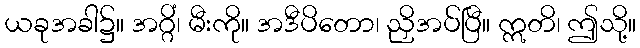
ယခုအခါ၌။ အဂ္ဂိံ၊ မီးကို။ အဒီပိတော၊ ညှိအပ်ပြီ။ ဣတိ၊ ဤသို့။